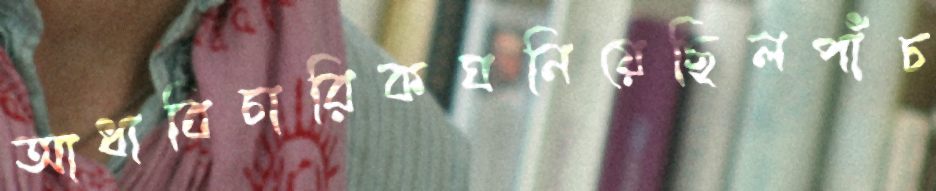
আধাবিচারিকঘনিয়েছিলপাঁচ